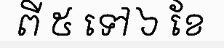
ពី ៥ ទៅ ៦ ខែ